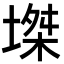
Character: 𡏝